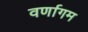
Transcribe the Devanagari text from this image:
वर्णागम